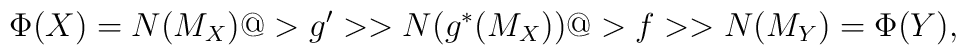
\Phi(X) = N(M_X) @>g'>> N(g^*(M_X)) @>f>> N(M_Y) = \Phi(Y) ,